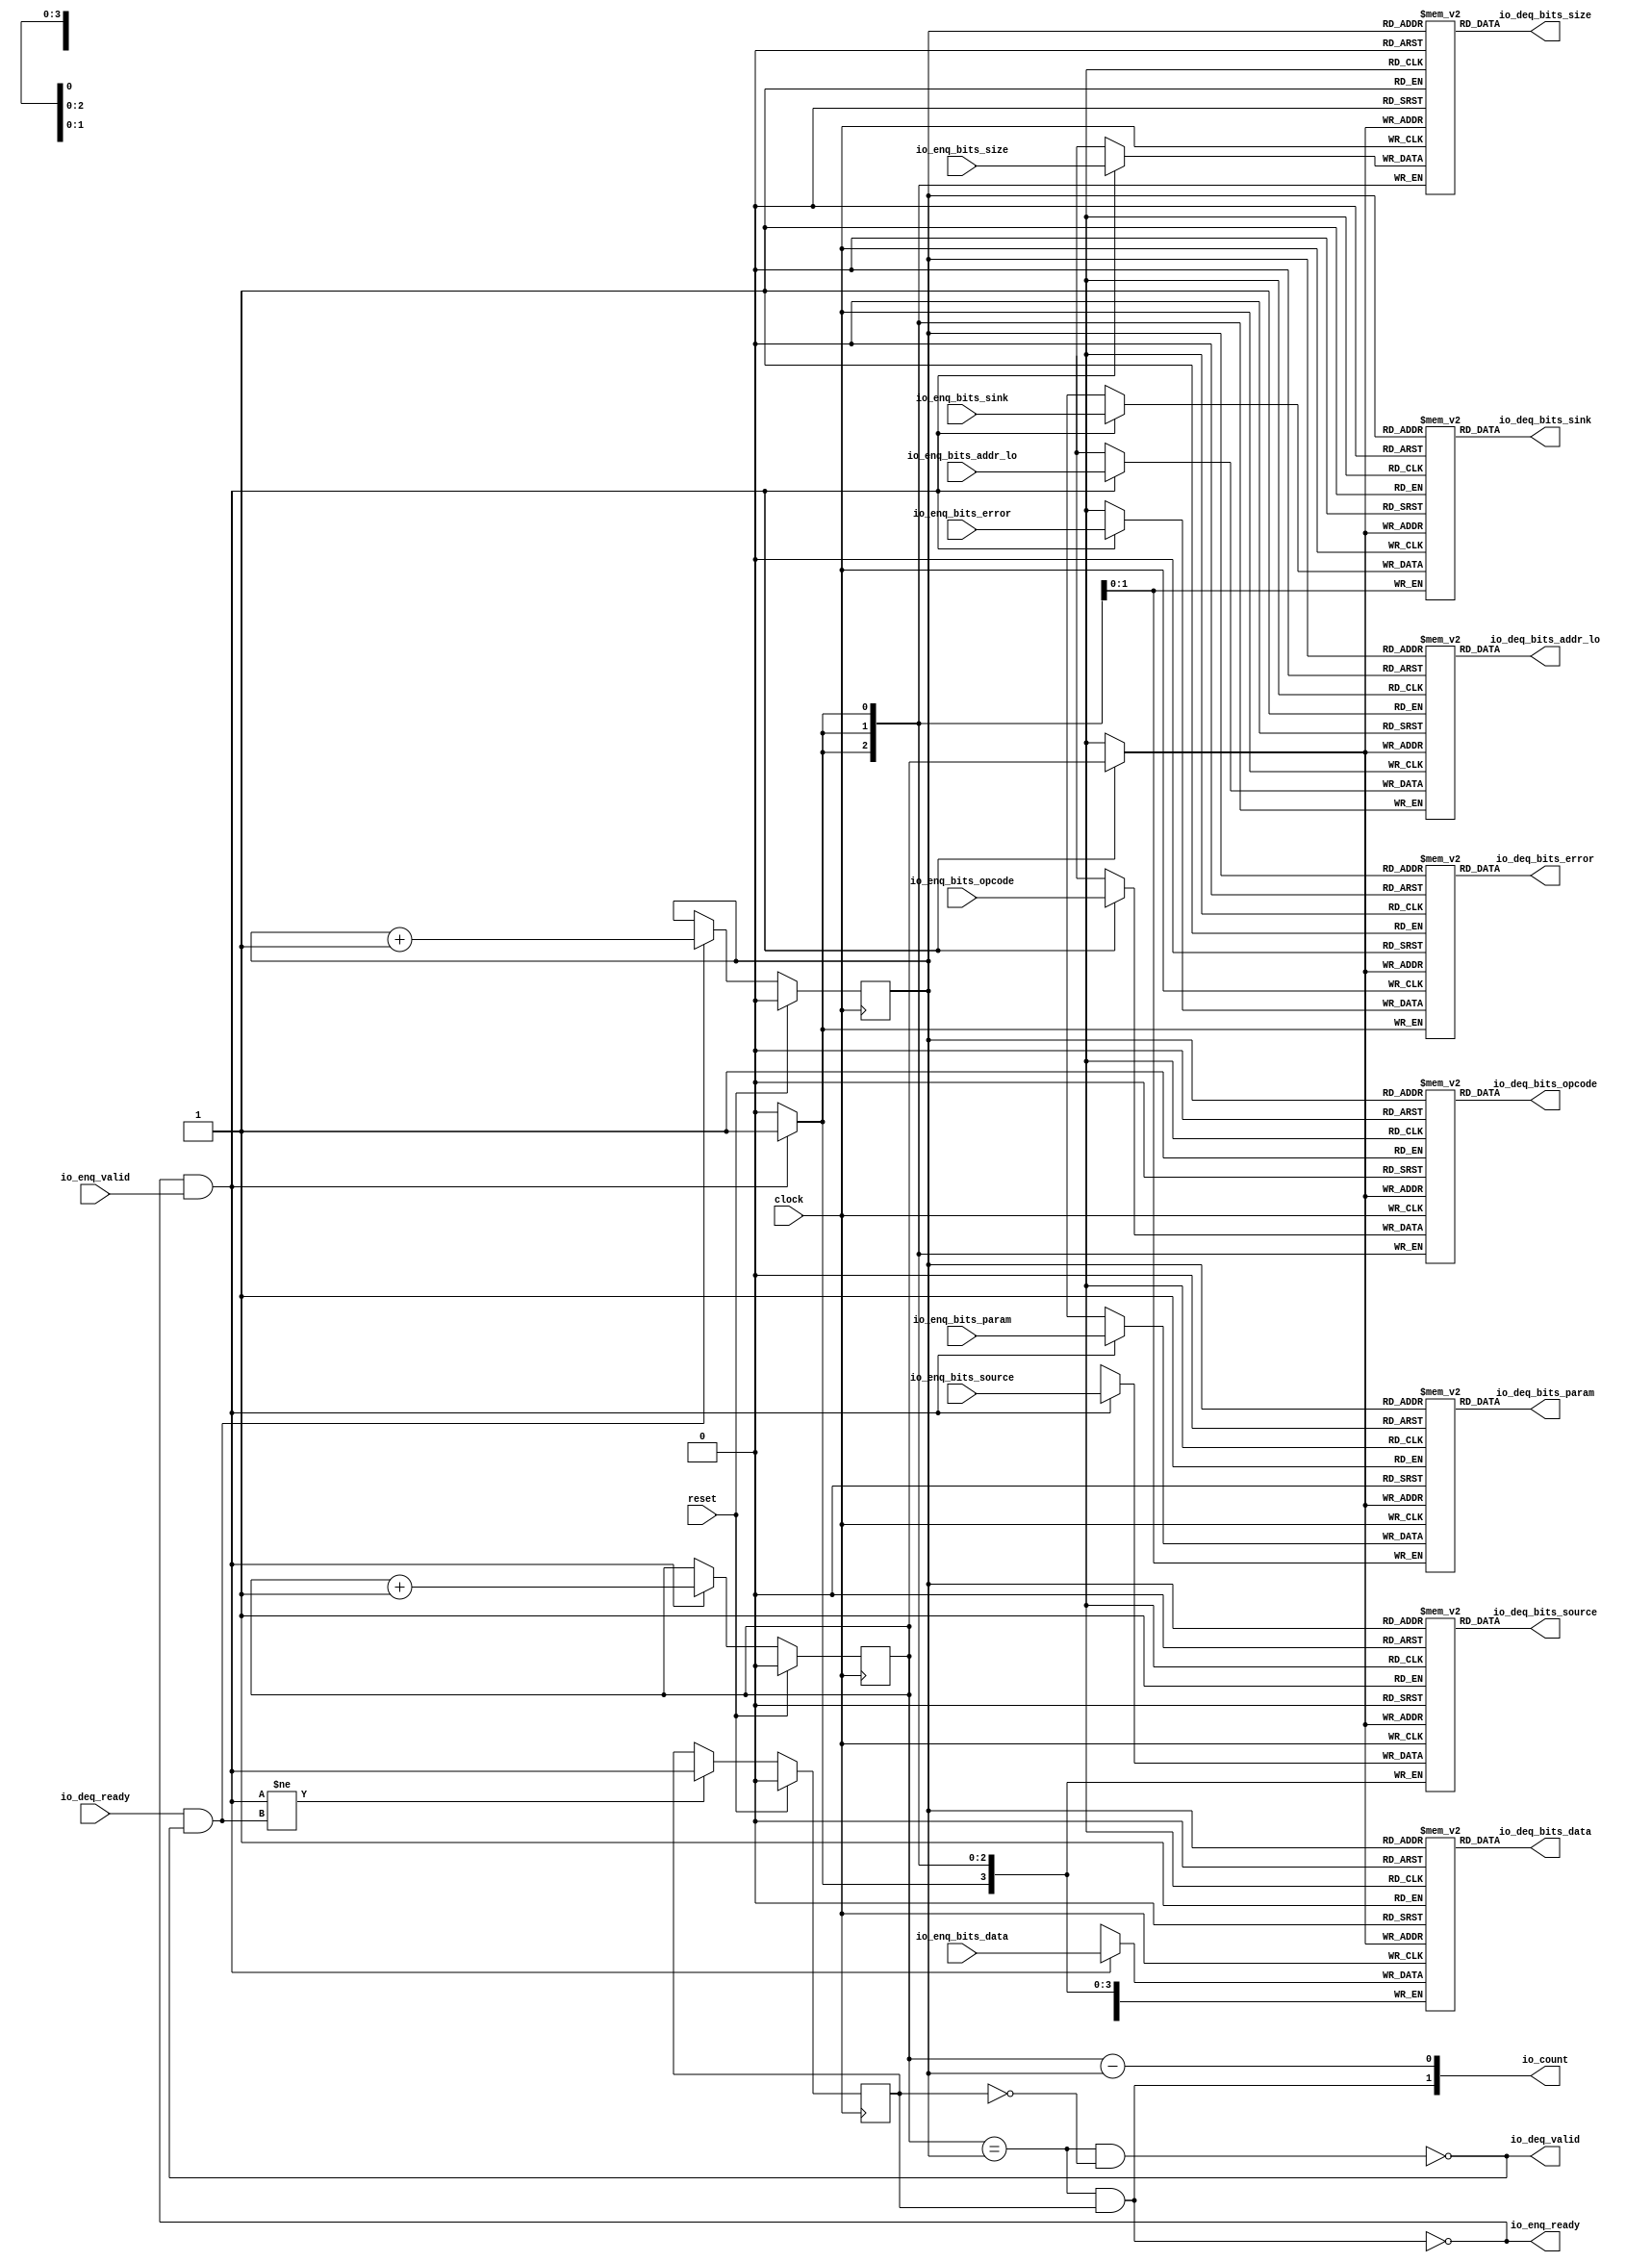
module Queue_30(
  input   clock,
  input   reset,
  output  io_enq_ready,
  input   io_enq_valid,
  input  [2:0] io_enq_bits_opcode,
  input  [1:0] io_enq_bits_param,
  input  [2:0] io_enq_bits_size,
  input  [3:0] io_enq_bits_source,
  input  [1:0] io_enq_bits_sink,
  input  [2:0] io_enq_bits_addr_lo,
  input  [63:0] io_enq_bits_data,
  input   io_enq_bits_error,
  input   io_deq_ready,
  output  io_deq_valid,
  output [2:0] io_deq_bits_opcode,
  output [1:0] io_deq_bits_param,
  output [2:0] io_deq_bits_size,
  output [3:0] io_deq_bits_source,
  output [1:0] io_deq_bits_sink,
  output [2:0] io_deq_bits_addr_lo,
  output [63:0] io_deq_bits_data,
  output  io_deq_bits_error,
  output [1:0] io_count
);
  reg [2:0] ram_opcode [0:1];
  reg [31:0] _GEN_0;
  wire [2:0] ram_opcode__T_118_data;
  wire  ram_opcode__T_118_addr;
  wire [2:0] ram_opcode__T_94_data;
  wire  ram_opcode__T_94_addr;
  wire  ram_opcode__T_94_mask;
  wire  ram_opcode__T_94_en;
  reg [1:0] ram_param [0:1];
  reg [31:0] _GEN_1;
  wire [1:0] ram_param__T_118_data;
  wire  ram_param__T_118_addr;
  wire [1:0] ram_param__T_94_data;
  wire  ram_param__T_94_addr;
  wire  ram_param__T_94_mask;
  wire  ram_param__T_94_en;
  reg [2:0] ram_size [0:1];
  reg [31:0] _GEN_2;
  wire [2:0] ram_size__T_118_data;
  wire  ram_size__T_118_addr;
  wire [2:0] ram_size__T_94_data;
  wire  ram_size__T_94_addr;
  wire  ram_size__T_94_mask;
  wire  ram_size__T_94_en;
  reg [3:0] ram_source [0:1];
  reg [31:0] _GEN_3;
  wire [3:0] ram_source__T_118_data;
  wire  ram_source__T_118_addr;
  wire [3:0] ram_source__T_94_data;
  wire  ram_source__T_94_addr;
  wire  ram_source__T_94_mask;
  wire  ram_source__T_94_en;
  reg [1:0] ram_sink [0:1];
  reg [31:0] _GEN_4;
  wire [1:0] ram_sink__T_118_data;
  wire  ram_sink__T_118_addr;
  wire [1:0] ram_sink__T_94_data;
  wire  ram_sink__T_94_addr;
  wire  ram_sink__T_94_mask;
  wire  ram_sink__T_94_en;
  reg [2:0] ram_addr_lo [0:1];
  reg [31:0] _GEN_5;
  wire [2:0] ram_addr_lo__T_118_data;
  wire  ram_addr_lo__T_118_addr;
  wire [2:0] ram_addr_lo__T_94_data;
  wire  ram_addr_lo__T_94_addr;
  wire  ram_addr_lo__T_94_mask;
  wire  ram_addr_lo__T_94_en;
  reg [63:0] ram_data [0:1];
  reg [63:0] _GEN_6;
  wire [63:0] ram_data__T_118_data;
  wire  ram_data__T_118_addr;
  wire [63:0] ram_data__T_94_data;
  wire  ram_data__T_94_addr;
  wire  ram_data__T_94_mask;
  wire  ram_data__T_94_en;
  reg  ram_error [0:1];
  reg [31:0] _GEN_7;
  wire  ram_error__T_118_data;
  wire  ram_error__T_118_addr;
  wire  ram_error__T_94_data;
  wire  ram_error__T_94_addr;
  wire  ram_error__T_94_mask;
  wire  ram_error__T_94_en;
  reg  _T_83;
  reg [31:0] _GEN_8;
  reg  _T_85;
  reg [31:0] _GEN_9;
  reg  maybe_full;
  reg [31:0] _GEN_10;
  wire  _T_87;
  wire  _T_89;
  wire  _T_90;
  wire  _T_91;
  wire  _T_92;
  wire  do_enq;
  wire  _T_93;
  wire  do_deq;
  wire [1:0] _T_106;
  wire  _T_107;
  wire  _GEN_11;
  wire [1:0] _T_111;
  wire  _T_112;
  wire  _GEN_12;
  wire  _T_113;
  wire  _GEN_13;
  wire  _T_115;
  wire  _T_117;
  wire [1:0] _T_127;
  wire  _T_128;
  wire  _T_129;
  wire [1:0] _T_130;
  assign io_enq_ready = _T_117;
  assign io_deq_valid = _T_115;
  assign io_deq_bits_opcode = ram_opcode__T_118_data;
  assign io_deq_bits_param = ram_param__T_118_data;
  assign io_deq_bits_size = ram_size__T_118_data;
  assign io_deq_bits_source = ram_source__T_118_data;
  assign io_deq_bits_sink = ram_sink__T_118_data;
  assign io_deq_bits_addr_lo = ram_addr_lo__T_118_data;
  assign io_deq_bits_data = ram_data__T_118_data;
  assign io_deq_bits_error = ram_error__T_118_data;
  assign io_count = _T_130;
  assign ram_opcode__T_118_addr = _T_85;
  assign ram_opcode__T_118_data = ram_opcode[ram_opcode__T_118_addr];
  assign ram_opcode__T_94_data = io_enq_bits_opcode;
  assign ram_opcode__T_94_addr = _T_83;
  assign ram_opcode__T_94_mask = do_enq;
  assign ram_opcode__T_94_en = do_enq;
  assign ram_param__T_118_addr = _T_85;
  assign ram_param__T_118_data = ram_param[ram_param__T_118_addr];
  assign ram_param__T_94_data = io_enq_bits_param;
  assign ram_param__T_94_addr = _T_83;
  assign ram_param__T_94_mask = do_enq;
  assign ram_param__T_94_en = do_enq;
  assign ram_size__T_118_addr = _T_85;
  assign ram_size__T_118_data = ram_size[ram_size__T_118_addr];
  assign ram_size__T_94_data = io_enq_bits_size;
  assign ram_size__T_94_addr = _T_83;
  assign ram_size__T_94_mask = do_enq;
  assign ram_size__T_94_en = do_enq;
  assign ram_source__T_118_addr = _T_85;
  assign ram_source__T_118_data = ram_source[ram_source__T_118_addr];
  assign ram_source__T_94_data = io_enq_bits_source;
  assign ram_source__T_94_addr = _T_83;
  assign ram_source__T_94_mask = do_enq;
  assign ram_source__T_94_en = do_enq;
  assign ram_sink__T_118_addr = _T_85;
  assign ram_sink__T_118_data = ram_sink[ram_sink__T_118_addr];
  assign ram_sink__T_94_data = io_enq_bits_sink;
  assign ram_sink__T_94_addr = _T_83;
  assign ram_sink__T_94_mask = do_enq;
  assign ram_sink__T_94_en = do_enq;
  assign ram_addr_lo__T_118_addr = _T_85;
  assign ram_addr_lo__T_118_data = ram_addr_lo[ram_addr_lo__T_118_addr];
  assign ram_addr_lo__T_94_data = io_enq_bits_addr_lo;
  assign ram_addr_lo__T_94_addr = _T_83;
  assign ram_addr_lo__T_94_mask = do_enq;
  assign ram_addr_lo__T_94_en = do_enq;
  assign ram_data__T_118_addr = _T_85;
  assign ram_data__T_118_data = ram_data[ram_data__T_118_addr];
  assign ram_data__T_94_data = io_enq_bits_data;
  assign ram_data__T_94_addr = _T_83;
  assign ram_data__T_94_mask = do_enq;
  assign ram_data__T_94_en = do_enq;
  assign ram_error__T_118_addr = _T_85;
  assign ram_error__T_118_data = ram_error[ram_error__T_118_addr];
  assign ram_error__T_94_data = io_enq_bits_error;
  assign ram_error__T_94_addr = _T_83;
  assign ram_error__T_94_mask = do_enq;
  assign ram_error__T_94_en = do_enq;
  assign _T_87 = _T_83 == _T_85;
  assign _T_89 = maybe_full == 1'h0;
  assign _T_90 = _T_87 & _T_89;
  assign _T_91 = _T_87 & maybe_full;
  assign _T_92 = io_enq_ready & io_enq_valid;
  assign do_enq = _T_92;
  assign _T_93 = io_deq_ready & io_deq_valid;
  assign do_deq = _T_93;
  assign _T_106 = _T_83 + 1'h1;
  assign _T_107 = _T_106[0:0];
  assign _GEN_11 = do_enq ? _T_107 : _T_83;
  assign _T_111 = _T_85 + 1'h1;
  assign _T_112 = _T_111[0:0];
  assign _GEN_12 = do_deq ? _T_112 : _T_85;
  assign _T_113 = do_enq != do_deq;
  assign _GEN_13 = _T_113 ? do_enq : maybe_full;
  assign _T_115 = _T_90 == 1'h0;
  assign _T_117 = _T_91 == 1'h0;
  assign _T_127 = _T_83 - _T_85;
  assign _T_128 = _T_127[0:0];
  assign _T_129 = maybe_full & _T_87;
  assign _T_130 = {_T_129,_T_128};
`ifdef RANDOMIZE
  integer initvar;
  initial begin
    `ifndef verilator
      #0.002 begin end
    `endif
  _GEN_0 = {1{$random}};
  `ifdef RANDOMIZE_MEM_INIT
  for (initvar = 0; initvar < 2; initvar = initvar+1)
    ram_opcode[initvar] = _GEN_0[2:0];
  `endif
  _GEN_1 = {1{$random}};
  `ifdef RANDOMIZE_MEM_INIT
  for (initvar = 0; initvar < 2; initvar = initvar+1)
    ram_param[initvar] = _GEN_1[1:0];
  `endif
  _GEN_2 = {1{$random}};
  `ifdef RANDOMIZE_MEM_INIT
  for (initvar = 0; initvar < 2; initvar = initvar+1)
    ram_size[initvar] = _GEN_2[2:0];
  `endif
  _GEN_3 = {1{$random}};
  `ifdef RANDOMIZE_MEM_INIT
  for (initvar = 0; initvar < 2; initvar = initvar+1)
    ram_source[initvar] = _GEN_3[3:0];
  `endif
  _GEN_4 = {1{$random}};
  `ifdef RANDOMIZE_MEM_INIT
  for (initvar = 0; initvar < 2; initvar = initvar+1)
    ram_sink[initvar] = _GEN_4[1:0];
  `endif
  _GEN_5 = {1{$random}};
  `ifdef RANDOMIZE_MEM_INIT
  for (initvar = 0; initvar < 2; initvar = initvar+1)
    ram_addr_lo[initvar] = _GEN_5[2:0];
  `endif
  _GEN_6 = {2{$random}};
  `ifdef RANDOMIZE_MEM_INIT
  for (initvar = 0; initvar < 2; initvar = initvar+1)
    ram_data[initvar] = _GEN_6[63:0];
  `endif
  _GEN_7 = {1{$random}};
  `ifdef RANDOMIZE_MEM_INIT
  for (initvar = 0; initvar < 2; initvar = initvar+1)
    ram_error[initvar] = _GEN_7[0:0];
  `endif
  `ifdef RANDOMIZE_REG_INIT
  _GEN_8 = {1{$random}};
  _T_83 = _GEN_8[0:0];
  `endif
  `ifdef RANDOMIZE_REG_INIT
  _GEN_9 = {1{$random}};
  _T_85 = _GEN_9[0:0];
  `endif
  `ifdef RANDOMIZE_REG_INIT
  _GEN_10 = {1{$random}};
  maybe_full = _GEN_10[0:0];
  `endif
  end
`endif
  always @(posedge clock) begin
    if(ram_opcode__T_94_en & ram_opcode__T_94_mask) begin
      ram_opcode[ram_opcode__T_94_addr] <= ram_opcode__T_94_data;
    end
    if(ram_param__T_94_en & ram_param__T_94_mask) begin
      ram_param[ram_param__T_94_addr] <= ram_param__T_94_data;
    end
    if(ram_size__T_94_en & ram_size__T_94_mask) begin
      ram_size[ram_size__T_94_addr] <= ram_size__T_94_data;
    end
    if(ram_source__T_94_en & ram_source__T_94_mask) begin
      ram_source[ram_source__T_94_addr] <= ram_source__T_94_data;
    end
    if(ram_sink__T_94_en & ram_sink__T_94_mask) begin
      ram_sink[ram_sink__T_94_addr] <= ram_sink__T_94_data;
    end
    if(ram_addr_lo__T_94_en & ram_addr_lo__T_94_mask) begin
      ram_addr_lo[ram_addr_lo__T_94_addr] <= ram_addr_lo__T_94_data;
    end
    if(ram_data__T_94_en & ram_data__T_94_mask) begin
      ram_data[ram_data__T_94_addr] <= ram_data__T_94_data;
    end
    if(ram_error__T_94_en & ram_error__T_94_mask) begin
      ram_error[ram_error__T_94_addr] <= ram_error__T_94_data;
    end
    if (reset) begin
      _T_83 <= 1'h0;
    end else begin
      if (do_enq) begin
        _T_83 <= _T_107;
      end
    end
    if (reset) begin
      _T_85 <= 1'h0;
    end else begin
      if (do_deq) begin
        _T_85 <= _T_112;
      end
    end
    if (reset) begin
      maybe_full <= 1'h0;
    end else begin
      if (_T_113) begin
        maybe_full <= do_enq;
      end
    end
  end
endmodule